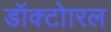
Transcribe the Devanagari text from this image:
डॉक्टोारल